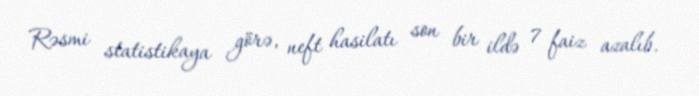
Rəsmi statistikaya görə, neft hasilatı son bir ildə 7 faiz azalıb.